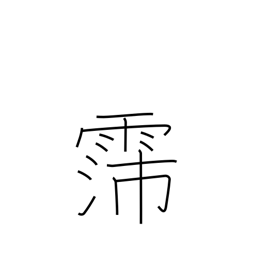
Meaning: long rainy spell